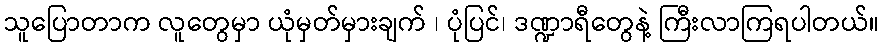
သူပြောတာက လူတွေမှာ ယုံမှတ်မှားချက် ၊ ပုံပြင်၊ ဒဏ္ဍာရီတွေနဲ့ ကြီးလာကြရပါတယ်။